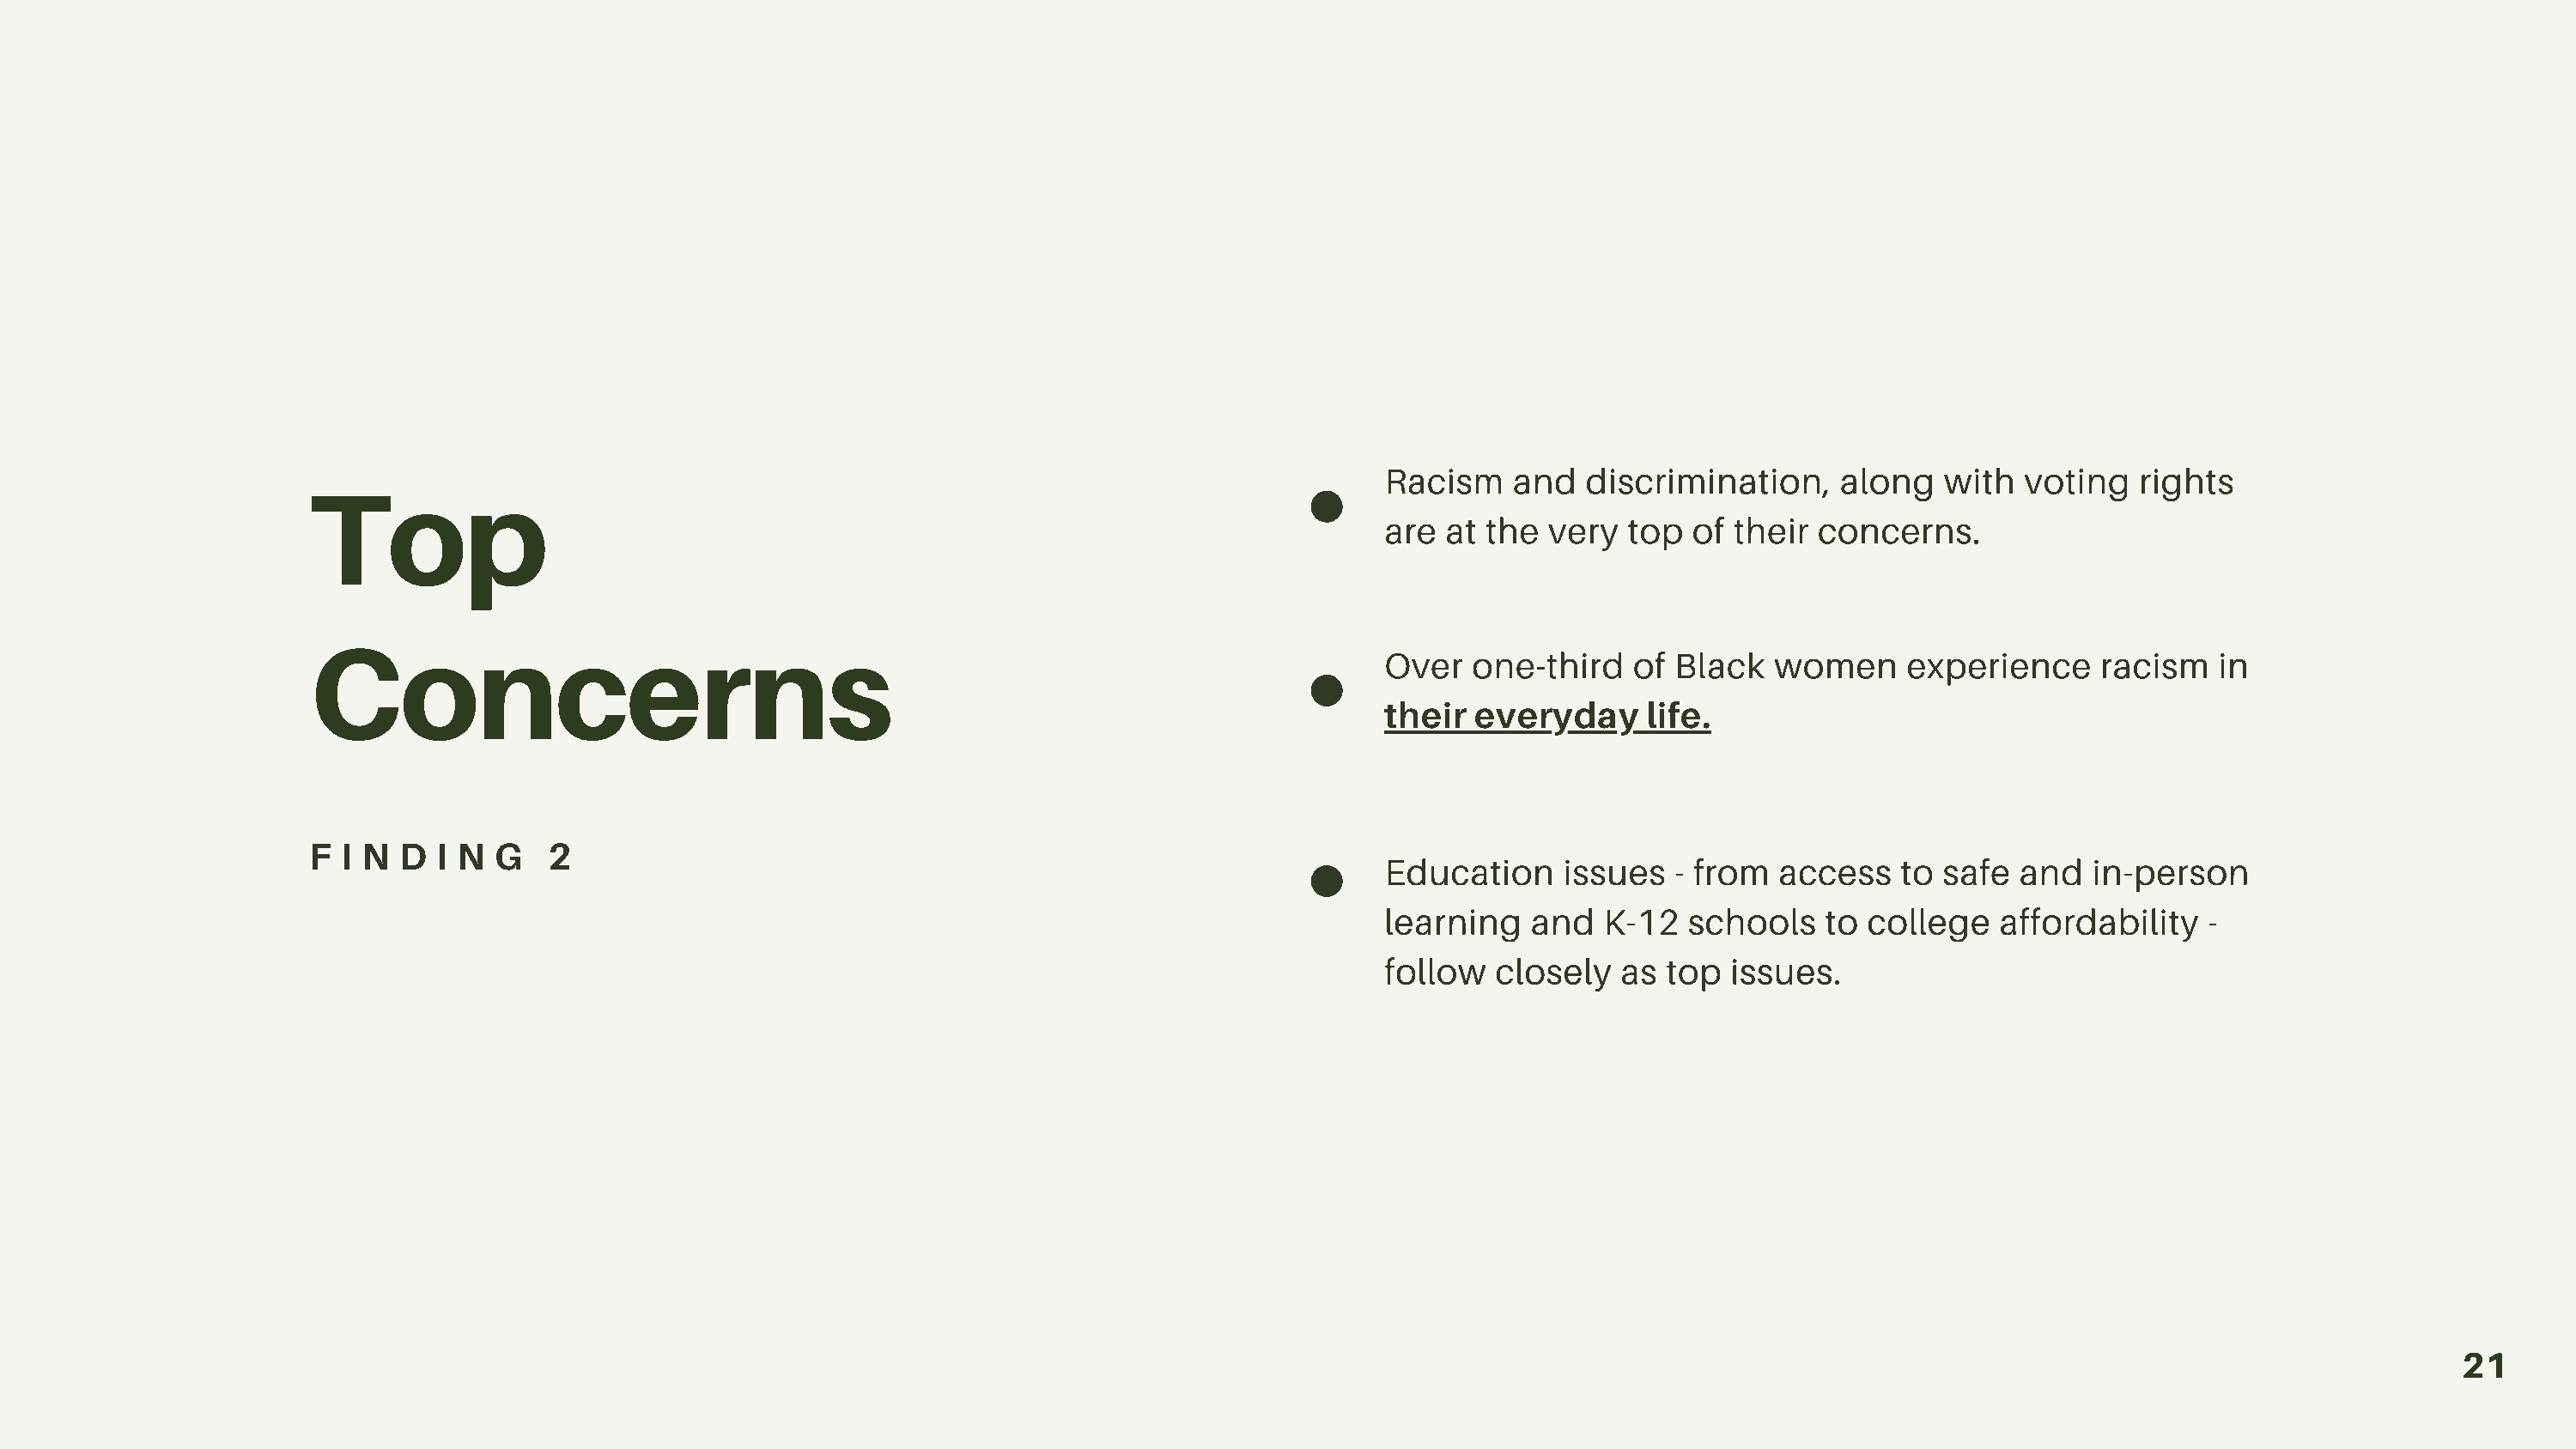
Top                                                                                Racism    and  discrimination,     along   with  voting   rights
 are at  the very   top of  their concerns.
 Concerns
 Over  one-third    of Black   women     experience     racism   in
 their  everyday     life.
 F I N  D  I N G   2
 Education     issues  - from  access    to safe  and  in-person
 learning   and   K-12  schools    to college   affordability   -
 follow  closely   as top  issues.
 21